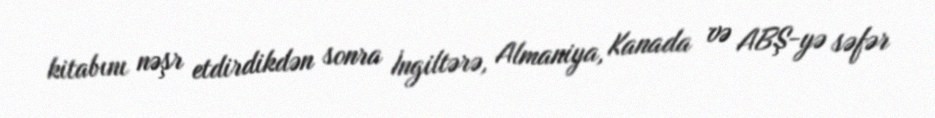
kitabını nəşr etdirdikdən sonra İngiltərə, Almaniya, Kanada və ABŞ-yə səfər